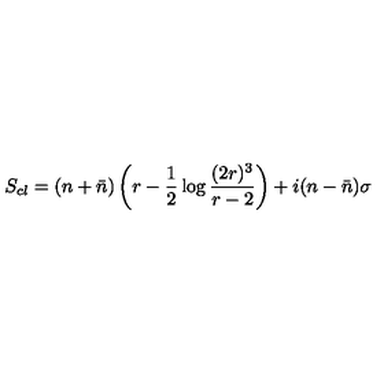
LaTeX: S _ { c l } = ( n + \bar { n } ) \left( r - \frac 1 2 \log \frac { ( 2 r ) ^ { 3 } } { r - 2 } \right) + i ( n - \bar { n } ) \sigma